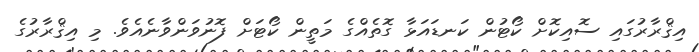
އިޤްރާރުގައި ސޮއިކޮށް ކޯޓުން ކަނޑައަޅާ ގޮތެއްގެ މަތީން ކޯޓަށް ފޮނުވަންވާނެއެވެ. މި އިޤްރާރުގެ